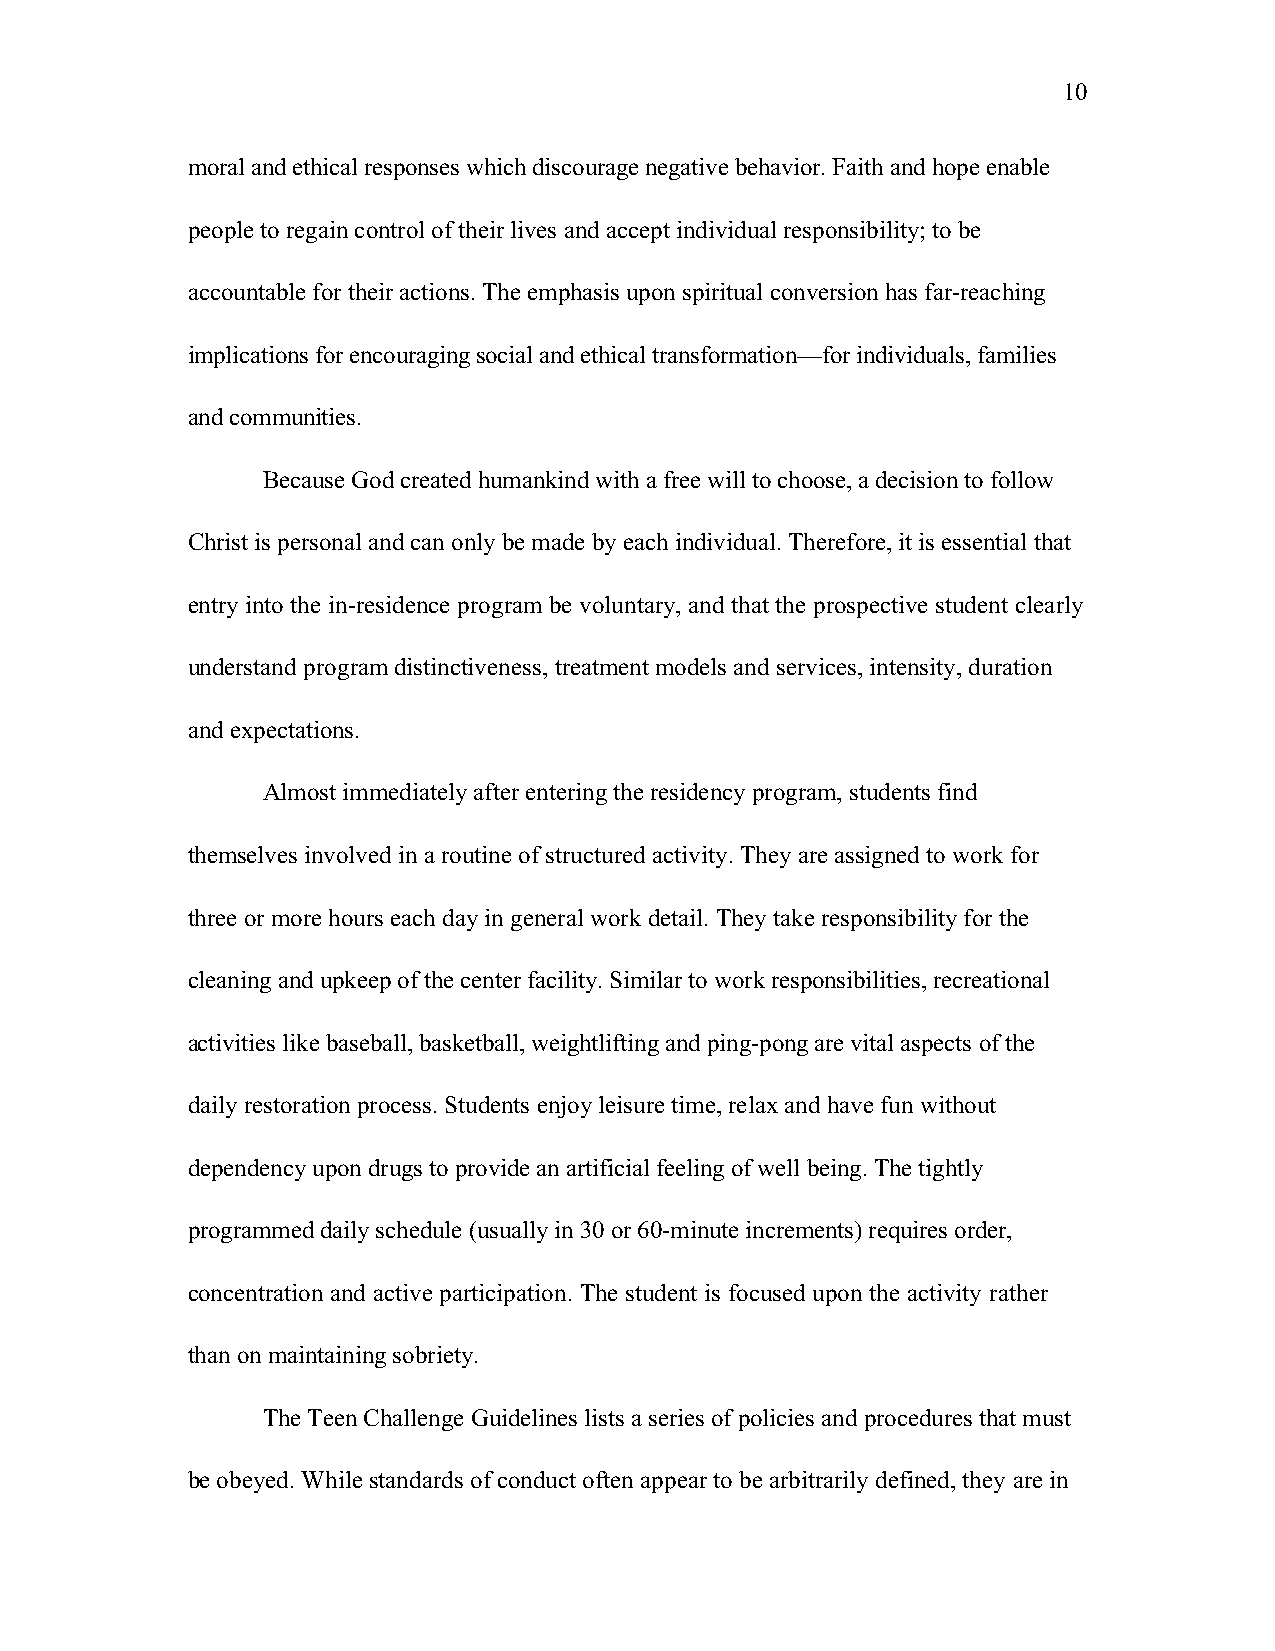
10
 moral and ethical responses which discourage negative behavior. Faith and hope enable
 people to regain control of their lives and accept individual responsibility; to be
 accountable for their actions. The emphasis upon spiritual conversion has far-reaching
 implications for encouraging social and ethical transformation—for individuals, families
 and communities.
 Because God created humankind with a free will to choose, a decision to follow
 Christ is personal and can only be made by each individual. Therefore, it is essential that
 entry into the in-residence program be voluntary, and that the prospective student clearly
 understand program distinctiveness, treatment models and services, intensity, duration
 and expectations.
 Almost immediately after entering the residency program, students find
 themselves involved in a routine of structured activity. They are assigned to work for
 three or more hours each day in general work detail. They take responsibility for the
 cleaning and upkeep of the center facility. Similar to work responsibilities, recreational
 activities like baseball, basketball, weightlifting and ping-pong are vital aspects of the
 daily restoration process. Students enjoy leisure time, relax and have fun without
 dependency upon drugs to provide an artificial feeling of well being. The tightly
 programmed daily schedule (usually in 30 or 60-minute increments) requires order,
 concentration and active participation. The student is focused upon the activity rather
 than on maintaining sobriety.
 The Teen Challenge Guidelines lists a series of policies and procedures that must
 be obeyed. While standards of conduct often appear to be arbitrarily defined, they are in